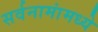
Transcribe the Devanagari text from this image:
सर्वनामांमध्ये